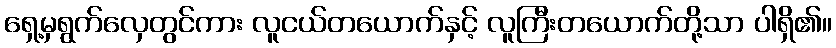
ရှေ့မှရွက်လှေတွင်ကား လူငယ်တယောက်နှင့် လူကြီးတယောက်တို့သာ ပါရှိ၏။